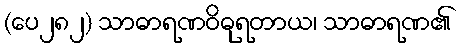
(ပေ၂၈၂) သာဓာရဏဝိဓုရတာယ၊ သာဓာရဏ၏